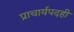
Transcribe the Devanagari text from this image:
प्राचार्यपदही